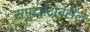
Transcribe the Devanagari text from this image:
समुद्रतटावरील